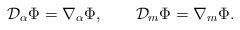
LaTeX: \begin{align*}{\cal D}_\alpha\Phi=\nabla_\alpha\Phi, \qquad{\cal D}_m\Phi=\nabla_m\Phi.\end{align*}